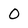
Character: O